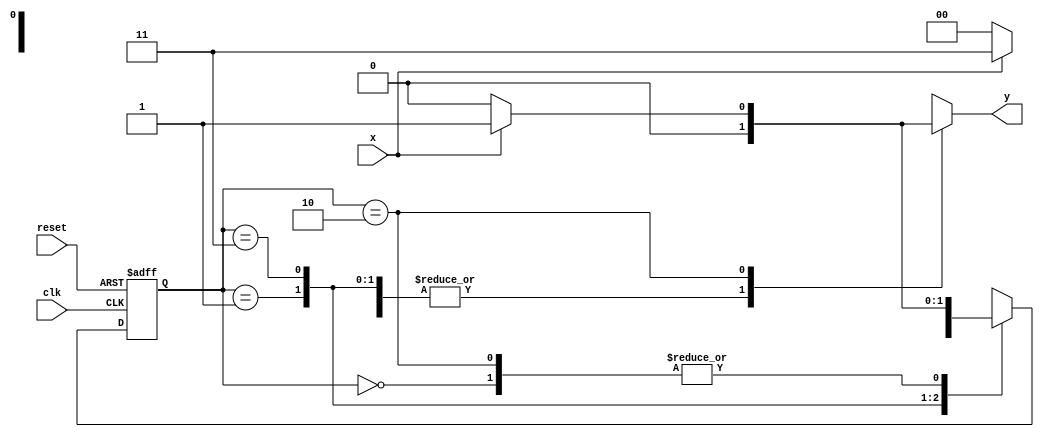
// ------------------------- 
// -- Nome: Luiz Marques de Oliveira 
// -- Matricula: 417138
// ------------------------- 

// -------------- 
// --- Mealy FSM 
// -------------- 

// constant definitions 
`define found 		1 
`define notfound 	0 

// FSM by Mealy 
module mealy101 ( y, x, clk, reset ); 
output y; 
input x; 
input clk; 
input reset; 

reg y; 

parameter // state identifiers 
start = 2'b00, 
id1 = 2'b01, 
id11 = 2'b11, 
id110 = 2'b10; 

reg [1:0] E1; // current state variables 
reg [1:0] E2; // next state logic output 

// next state logic 
always @( x or E1 ) 
begin 
y = `notfound; 
case ( E1 ) 
start: 
if ( x ) 
E2 = id1; 
else 
E2 = start; 
id1: 
if ( x ) 
E2 = id11; 
else 
E2 = start; 
id11: 
if ( x ) 
E2 = id11; 
else 
E2 = id110; 
id110: 
if ( x ) 
begin 
E2 = id1; 
y = `found; 
end 
else 
begin 
E2 = start; 
y = `notfound; 
end 
default: // undefined state 
E2 = 2'bxx; 
endcase 
end // always at signal or state changing 

// state variables 
always @( posedge clk or negedge reset ) 
begin 
if ( reset ) 
E1 = E2; // updates current state 
else 
E1 = 0; // reset 
end // always at signal changing 

endmodule // mealy101